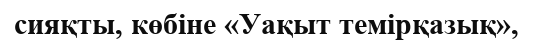
сияқты, көбіне «Уақыт темірқазық»,